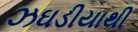
ઝઘડીયાથી